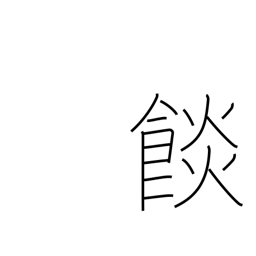
Meaning: food baked in dough